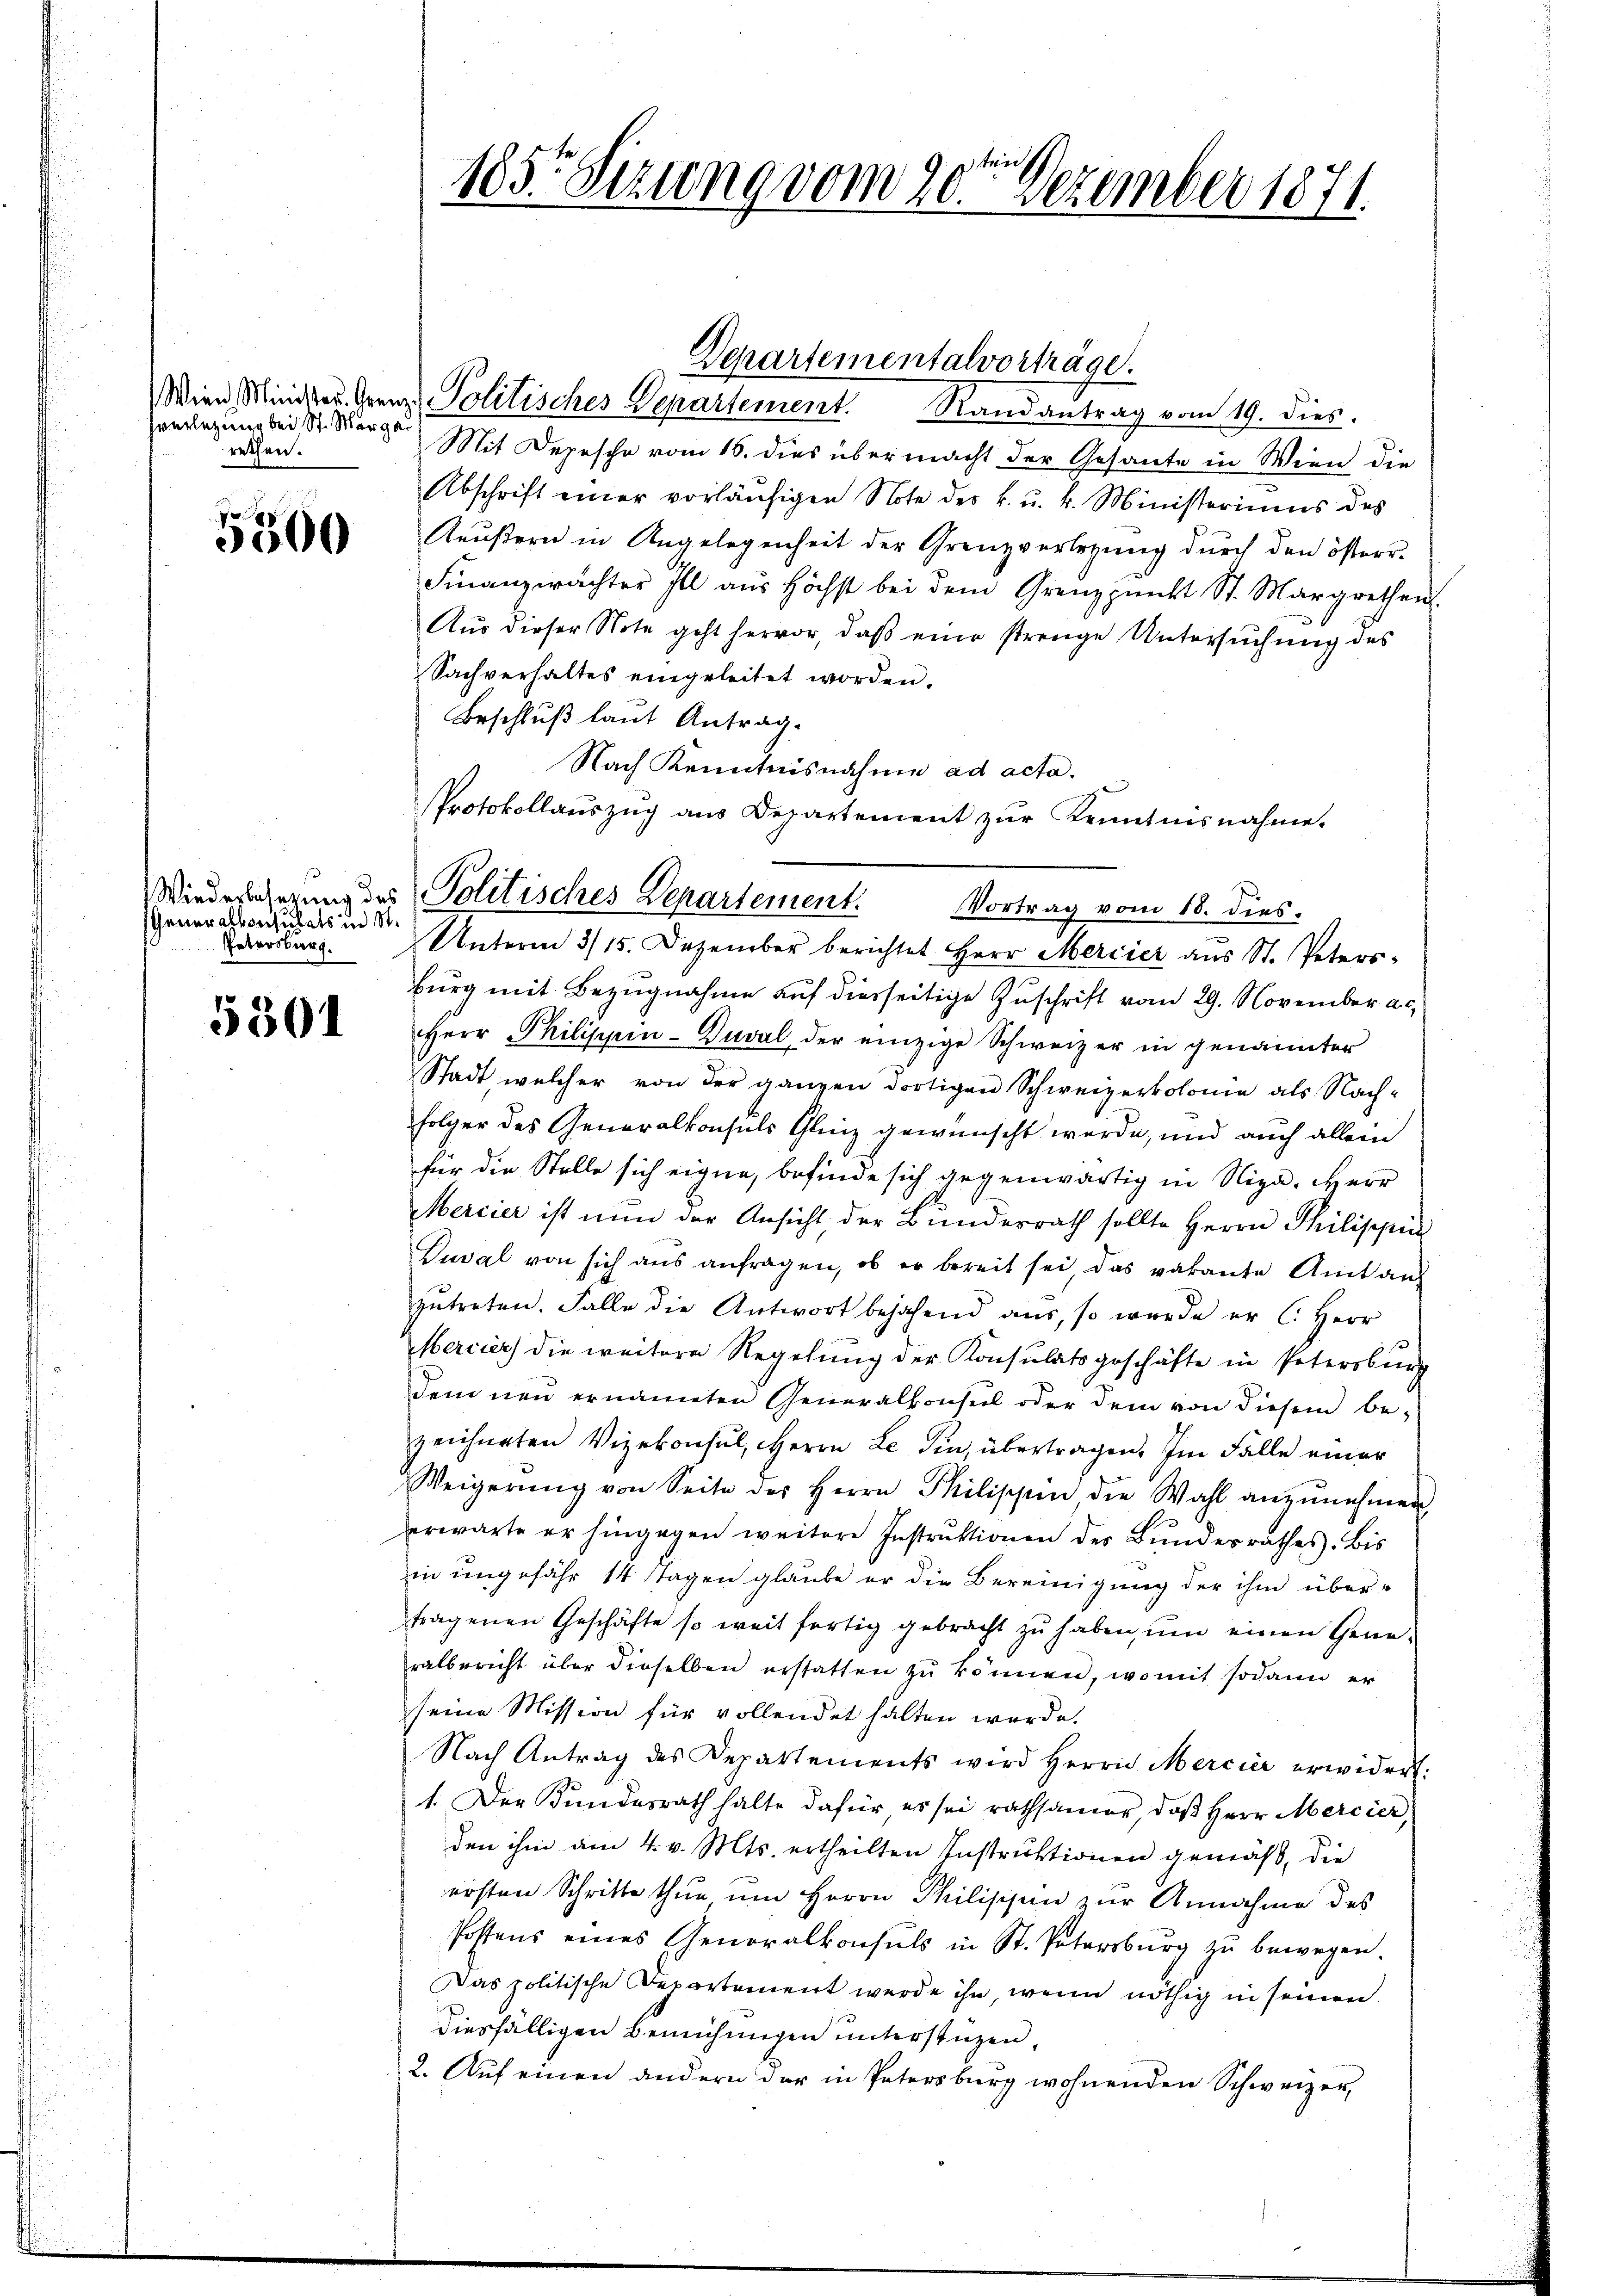
verletzung bei St. Marga
rethen.

e
5300

Wiederbesezung des
Generalkonsulats in St.
Petersburg.

5301

185. Sizung vom 20te͇n Dezember 1871.

Wien Minister Grenz Politisches Departement. Randantrag vom 19. dies.
Mit Depesche vom 16. dies übermacht der Gesante in Wien die
Abschrift einer vorläŭfigen Note des k. u. k. Ministeriums des
Reŭβern in Angelegenheit der Grenzverlegŭng dŭrch den österr
Finanzwächter Ill aus höchst bei dem Grenzpunkt St. Margrethen.
Aus dieser Note geht hervor, daβ eine strenge Untersŭchŭng des
Sachverhaltes eingeleitet worden.
Beschluß laut Antrag.
Nach Kenntnisnahme ad acta.
Protokollauszug aus Departement zŭr Kenntnisnahme.

Departementalvorträge.

Politisches Departement.
Vortrag vom 18. dies
Unterm 315. Dezember berichtet Herr Mercier aus St. Peters-

burg mit Bezugnahme auf diesseitige Zuschrift vom 29. November a.c.
Herr Philippin-Zuval, der einzige Schweizer in genannter
Stadt welcher von der ganzen dortigen Schweizerkolonie als Nach-
folger des Generalkonsuls Gliz gewünscht werde, und auch allein
für die Stelle sich eigne, befinde sich gegenwärtig in Niza. Herr
Mercier ist nun der Ansicht der Bundesrath sollte Herrn Philischic
Duval von sich aŭs anfragen, ob er bereit sei, das vakante Amt an
zŭtreten. Falle die Antwort bejahend aus, so wurde er C. Herr
Mercier die weitere Regelung der Konsulatsgeschäfte in Petersburg
dem neu ernannten Generalkonsul oder dem von diesem bezeichneten Vizekonsul, Herrn Le fin, übertragen. Im Falle einer
Weigerŭng von Seite des Herrn Philischen die Wahl anzŭnehmen,
erwarte er hingegen weitere Instrŭktionen des Bundesrathes. Bis
in ungefähr 14 tagen glaube er die Bereinigung der ihm übertragenen Geschäfte so weit fertig gebracht zu haben, um einen Gene-
ratbericht über dieselben erstatten zu können, womit sodann er
seine Mission für vollendet halten werde.
Nach Antrag des Departements wird Herrn Mercier erwidert:
1. Der Kundesrath halte dafür es sei rathsamer, daβ Herr Mercier,
den ihm am 4. v. Mts. ertheilten Instruktionen gemäß, die
rösten Schritte thue ŭm Herrn Philischein zur Annahme des
Postens eines Generalkonsuls in St. Patersburg zu bewegen.
Das politische Departement werde ihn, wenn nöthig in seinen
diesfälligen Bemühungen unterstüzen,
2. Auf einen andern der in Patersburg wohnenden Schweizer